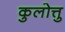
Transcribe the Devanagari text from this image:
कुलोत्तु